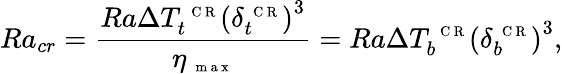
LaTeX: Ra_{cr}=\frac{Ra\Delta T_{t}^{\mathrm{~\scriptsize~C~R~}}\left(\delta_{t}^{\mathrm{~\scriptsize~C~R~}}\right)^{3}}{\eta_{\mathrm{~\scriptsize~m~a~x~}}}=Ra\Delta T_{b}^{\mathrm{~\scriptsize~C~R~}}\left(\delta_{b}^{\mathrm{~\scriptsize~C~R~}}\right)^{3},